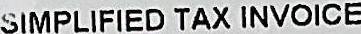
SIMPLIFIED TAX INVOICE